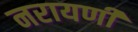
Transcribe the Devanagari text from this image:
नरायणी